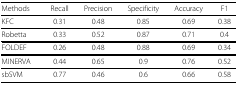
<table><thead><tr><td><b>Methods</b></td><td><b>Recall</b></td><td><b>Precision</b></td><td><b>Specificity</b></td><td><b>Accuracy</b></td><td><b>F1</b></td></tr></thead><tbody><tr><td>KFC</td><td>0.31</td><td>0.48</td><td>0.85</td><td>0.69</td><td>0.38</td></tr><tr><td>Robetta</td><td>0.33</td><td>0.52</td><td>0.87</td><td>0.71</td><td>0.4</td></tr><tr><td>FOLDEF</td><td>0.26</td><td>0.48</td><td>0.88</td><td>0.69</td><td>0.34</td></tr><tr><td>MINERVA</td><td>0.44</td><td>0.65</td><td>0.9</td><td>0.76</td><td>0.52</td></tr><tr><td>sbSVM</td><td>0.77</td><td>0.46</td><td>0.6</td><td>0.66</td><td>0.58</td></tr></tbody></table>